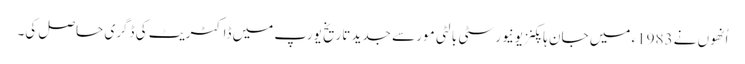
اُنھوں نے 1983ء میں جان ہاپکنز یونیورسٹی بالٹی مور سے جدید تاریخ یورپ میں ڈاکٹریٹ کی ڈگری حاصل کی۔